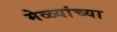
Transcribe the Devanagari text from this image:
मेळ्यांच्या